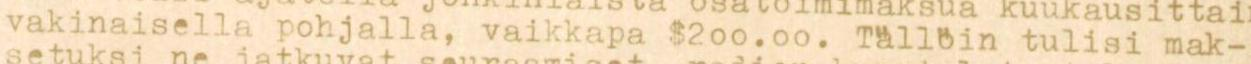
vakinaisella pohjalla, vaikkapa $2oo.oo. Tällöin tulisi mak-